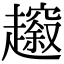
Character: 𧾠